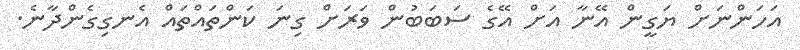
އަހަންނަށް ޔަގީން އޭނާ އަށް އޭގެ ސަބަބުން ވަރަށް ގިނަ ކަންތައްތައް އެނގިގެންދާނެ.